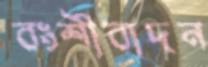
বংশীবাদন